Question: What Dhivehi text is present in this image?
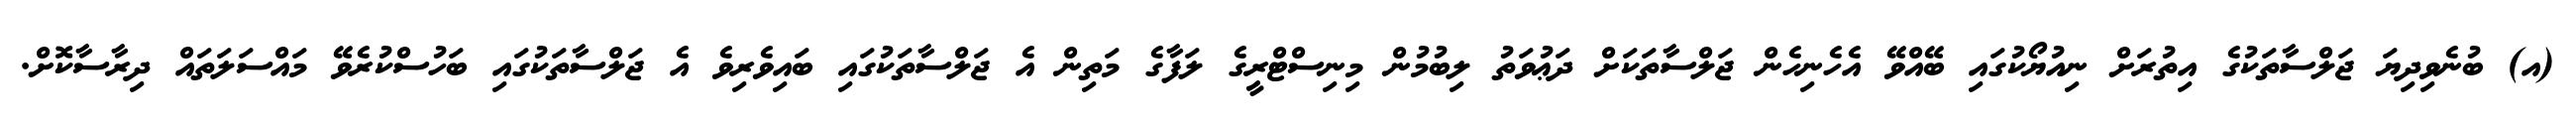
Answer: (އ) ބުނެވިދިޔަ ޖަލްސާތަކުގެ އިތުރަށް ނިއުޔޯކުގައި ބޭއްވޭ އެހެނިހެން ޖަލްސާތަކަށް ދަޢުވަތު ލިބުމުން މިނިސްޓްރީގެ ލަފާގެ މަތިން އެ ޖަލްސާތަކުގައި ބައިވެރިވެ އެ ޖަލްސާތަކުގައި ބަހުސްކުރެވޭ މައްސަލަތައް ދިރާސާކޮށް.